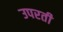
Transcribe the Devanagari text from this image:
उपरती